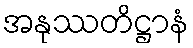
အနုဿတိဋ္ဌာနံ